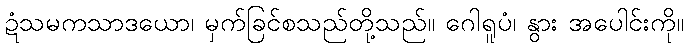
ဍံသမကသာဒယော၊ မှက်ခြင်စသည်တို့သည်။ ဂေါရူပံ၊ နွား အပေါင်းကို။